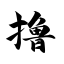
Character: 撸